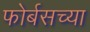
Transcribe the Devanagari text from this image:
फोर्बसच्या